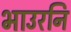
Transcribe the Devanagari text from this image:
भाउरनि